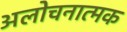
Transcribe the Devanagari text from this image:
अलोचनात्मक